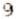
9